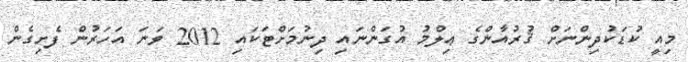
މިއީ ކުޑަކުދިންނަށް ޤުރުއާންގެ ޢިލްމު އުގަންނައި ދިނުމަށްޓަކައި 2012 ވަނަ އަހަރުން ފެށިގެން